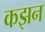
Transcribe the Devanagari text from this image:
कझन